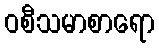
ဝစီသမာစာရော